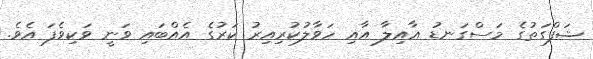
ޝަފްގަތުގެ މަސްގަނޑު އާއިލާ އާއި ހަވާލުކުރިއިރު ކަރުގެ އެއްބައި ވަނީ ވަކިވެފަ އެވެ.